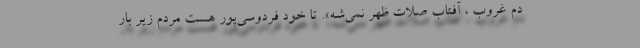
دم غروب ، آفتاب صلات ظهر نمي‌شه». تا خود فردوسی‌پور هست مردم زیر بار